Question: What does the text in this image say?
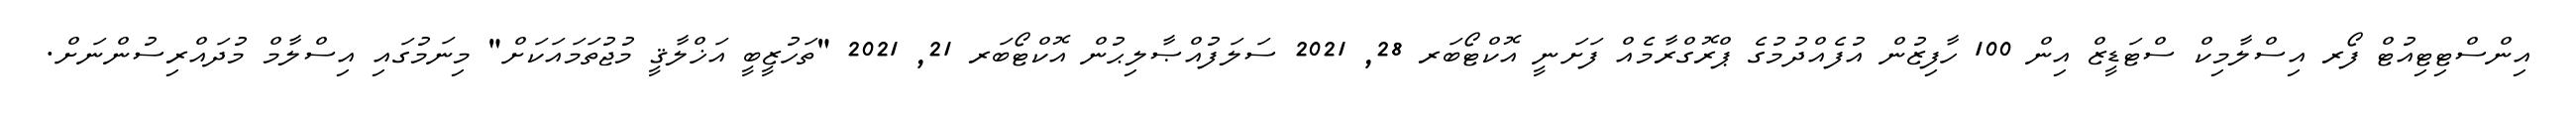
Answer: އިންސްޓިޓިއުޓް ފޯރ އިސްލާމިކް ސްޓަޑީޒް އިން 100 ހާފިޒުން އުފެއްދުމުގެ ޕްރޮގްރާމެއް ފަށަނީ އޮކްޓޯބަރ 28, 2021 ސަލަފުއްޞާލިޙުން އޮކްޓޯބަރ 21, 2021 "ތަހުޒީބީ އަޚްލާޤީ މުޖުތަމައަކަށް" މިނަމުގައި އިސްލާމް މުދައްރިސުންނަށް.